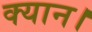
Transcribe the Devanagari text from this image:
क्यान।